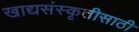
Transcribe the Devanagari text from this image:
खाद्यसंस्कृतीसाठी